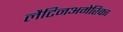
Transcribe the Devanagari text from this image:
लैटिनअमेरिका